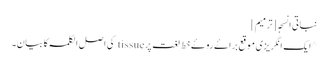
نباتی انسجہ [ترمیم]
^ ایک انگریزی موقع براۓ روۓ خط لغت پر tissue کی اصل الکلمہ کا بیان۔